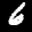
Label: 6